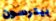
بيترسون